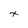
Character: t